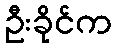
ဦးခိုင်က